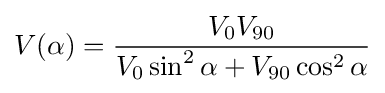
V(\alpha )={\frac {V_{0}V_{90}}{V_{0}\sin ^{2}\alpha +V_{90}\cos ^{2}\alpha }}